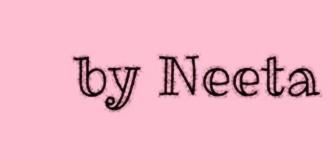
by Neeta